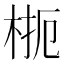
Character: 𱣜